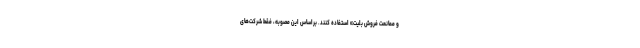
و ممانعت فروش بلیت» استفاده کنند. براساس این مصوبه، فقط شرکت‌های